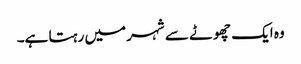
وہ ایک چھوٹے سے شہر میں رہتا ہے۔